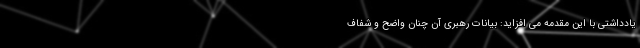
یادداشتی با این مقدمه می افزاید: بیانات رهبری آن چنان واضح و شفاف